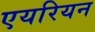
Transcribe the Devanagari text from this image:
एयरियन